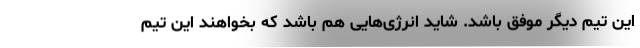
این تیم دیگر موفق باشد. شاید انرژی‌هایی هم باشد که بخواهند این تیم